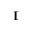
{ \mathbf I }